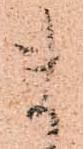
ま